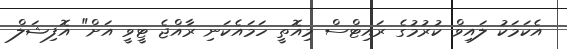
އެކަމަކު ލައިވް ކުރުމުގެ ރައިޓްސް މިއޮތީ ހަމައެކަނި ރާއްޖެ ޓީވީ އަށް" އޮފިޝަލް